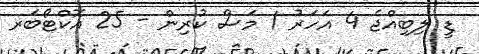
ޑީ ލިބިއްޖެ 4 އަހަރު 1 މަސް ކުރިން - 25 އޮކްޓޯބަރ